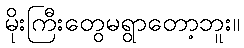
မိုးကြီးတွေမရွာတော့ဘူး။